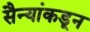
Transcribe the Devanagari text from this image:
सैन्यांकडून